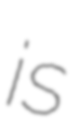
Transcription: is